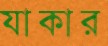
যাকার